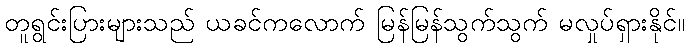
တူရွင်းပြားများသည် ယခင်ကလောက် မြန်မြန်သွက်သွက် မလှုပ်ရှားနိုင်။